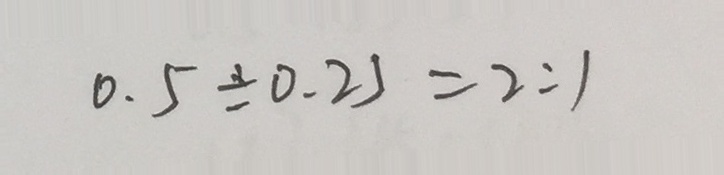
0 . 5 \div 0 . 2 5 = 2 : 1